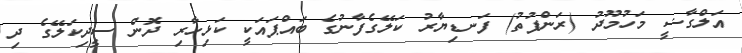
އަލްގާޟީ މަހުމޫދު (ރަންފުތު) ފަނޑިޔާރު ކަލޭގެފާނުގެ ބައްޕައަކީ ކަޅިހާރި ދޮން ސީދިކަލޭގެ ދި